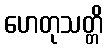
ဟေတုသတ္တိ